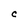
Character: C